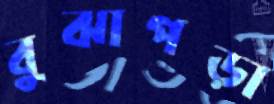
বুঝাপড়া